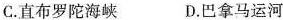
C.直布罗陀海峡 D.巴拿马运河